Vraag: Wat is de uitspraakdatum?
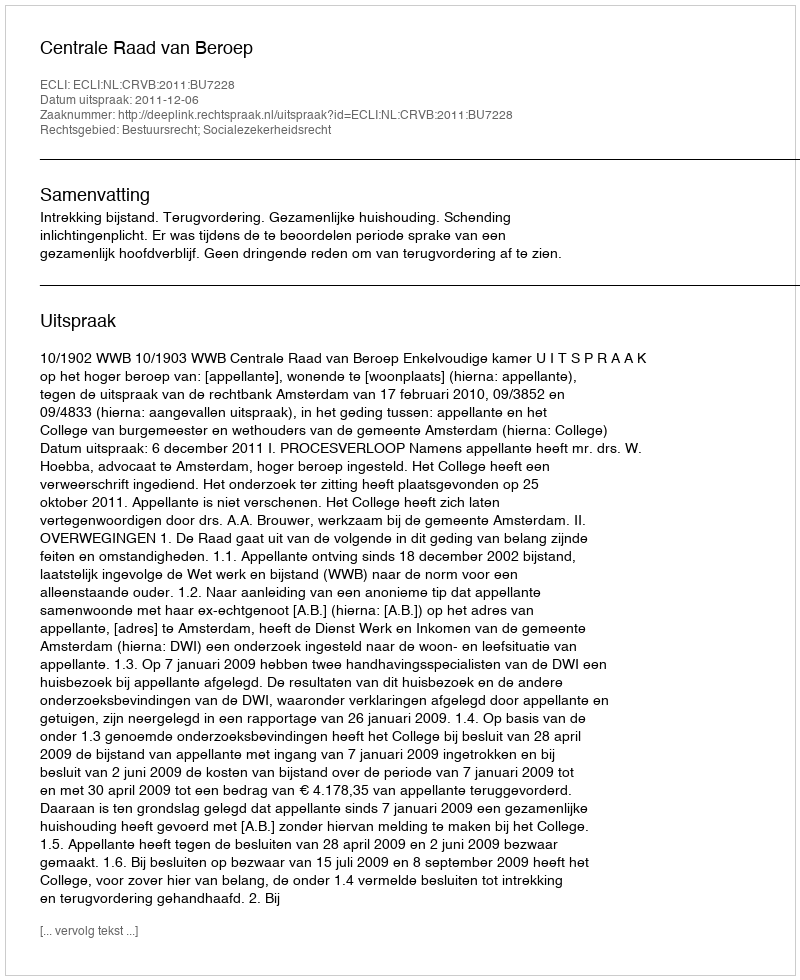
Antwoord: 2011-12-06